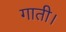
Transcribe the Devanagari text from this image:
गाती।